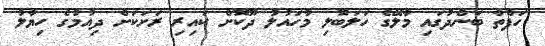
ހަފްތާ ބަންދުގައި މާލޭގެ ހަލަބޮލި މާހައުލު ދޫކޮށް ކައިރި ރަށަކަށް ދިއުމުގެ ހިޔާލު